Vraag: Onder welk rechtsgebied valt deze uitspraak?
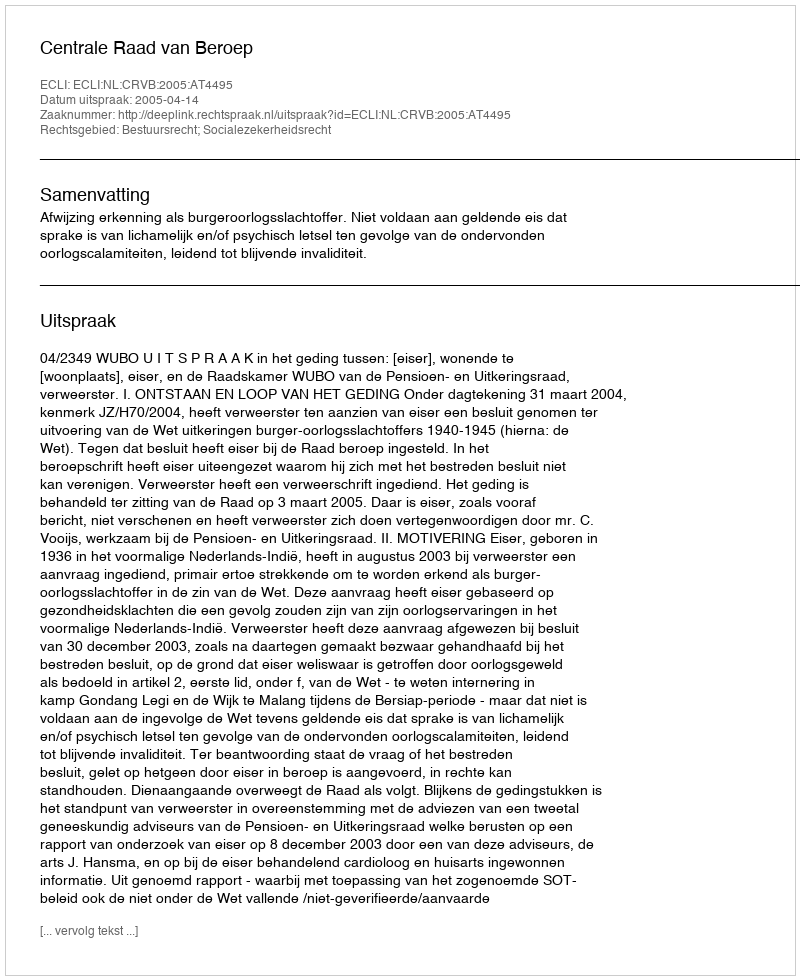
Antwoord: Bestuursrecht; Socialezekerheidsrecht